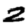
Digit: 2